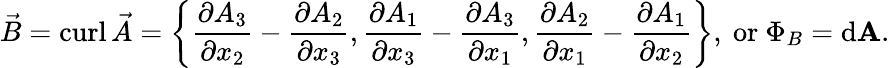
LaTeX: {\vec{B}}=\operatorname{curl}{\vec{A}}=\left\{ {\frac{\partial A_{3}}{\partial x_{2}}}-{\frac{\partial A_{2}}{\partial x_{3}}},{\frac{\partial A_{1}}{\partial x_{3}}}-{\frac{\partial A_{3}}{\partial x_{1}}},{\frac{\partial A_{2}}{\partial x_{1}}}-{\frac{\partial A_{1}}{\partial x_{2}}}\right\} ,{\mathrm{~or~}}\Phi_{B}=\mathrm{{d}}\mathbf{A}.